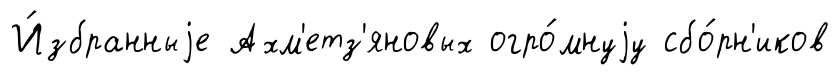
И́збранныjе Ахм'етз'яновых огро́мнуjу сбо́рн'иков